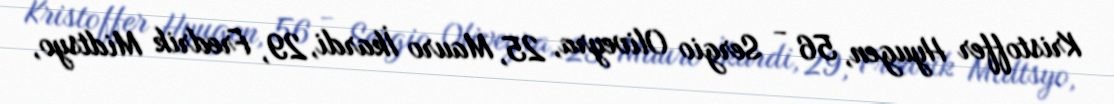
Kristoffer Hyugen, 56 - Sergio Oliveyra, 25, Mauro İkardi, 29, Fredrik Midtsyo,